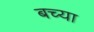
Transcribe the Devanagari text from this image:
बच्या